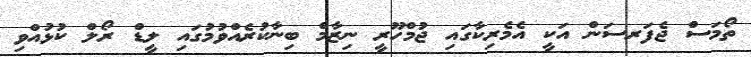
ތޯމަސް ޖެފަރސަން އަކީ އެމެރިކާގައި ޖުމްހޫރީ ނިޒާމް ބިނާކުރެއްވުމުގައި ލީޑް ރޯލް ކުޅުއްވި